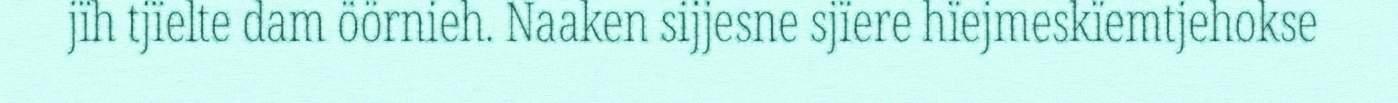
jïh tjïelte dam öörnieh. Naaken sijjesne sjïere hïejmeskïemtjehokse